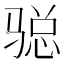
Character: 𩨂